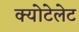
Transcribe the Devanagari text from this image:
क्योटेलेट